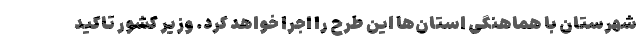
شهرستان با هماهنگی استان‌ها این طرح را اجرا خواهد کرد. وزیر کشور تاکید